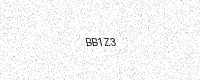
Text: BB1Z3